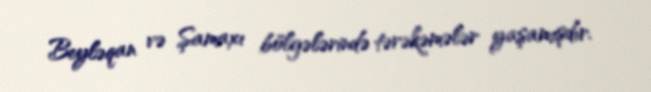
Beyləqan və Şamaxı bölgələrində tərəkəmələr yaşamışdır.